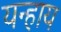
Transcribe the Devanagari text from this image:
यन्हाय